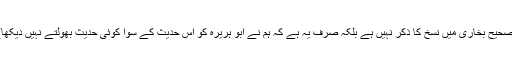
(صحیح بخاری میں نسخ کا ذکر نہیں ہے بلکہ صرف یہ ہے کہ ہم نے ابو ہریرہؓ کو اس حدیث کے سوا کوئی حدیث بھولتے نہیں دیکھا)۔